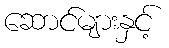
ဆောင်များနှင့်